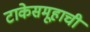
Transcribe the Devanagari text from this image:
टाकेसमूहाची